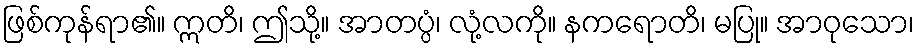
ဖြစ်ကုန်ရာ၏။ ဣတိ၊ ဤသို့။ အာတပ္ပံ၊ လုံ့လကို။ နကရောတိ၊ မပြု။ အာဝုသော၊